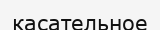
касательное